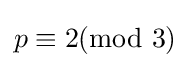
p\equiv 2{\text{(mod 3)}}